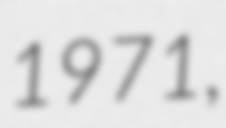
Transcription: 1971,